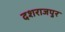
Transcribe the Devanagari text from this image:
दशराजपुर